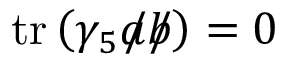
\operatorname { t r } \left( \gamma _ { 5 } { a \! \! \! / } { b \! \! \! / } \right) = 0